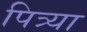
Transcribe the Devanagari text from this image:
पित्र्या